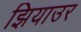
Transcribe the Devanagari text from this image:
झियाउर